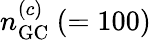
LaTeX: n_{\mathrm{{GC}}}^{(c)}~(=100)